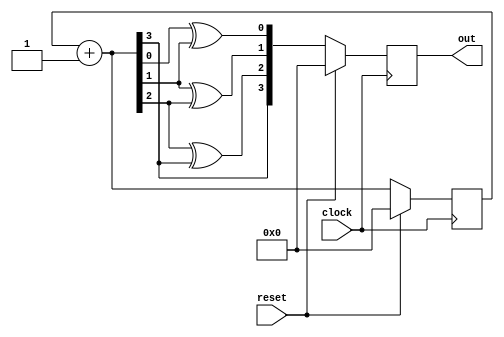
/* 4-bit gray-code counter*/
module gray_code_counter(clock,reset,out);
  input  clock,reset;
  output reg [3:0] out;
  
  reg [4:0] i;
  reg q0,q1,q2;
  reg [3:0] count;

  always@(posedge clock) begin
    if(reset) begin
      out = 0;
      count = 0;
    end else begin
     // for (i = 0;i<16;i=i+1)begin
      
      count = count +1;
      q0 = count[0]^count[1];
      q1 = count[1]^count[2];
      q2 = count[2]^count[3];
      out = {count[3],q2,q1,q0};
    //  end
    end
  end
endmodule

/*Testbench*/
module gray_code_counter_tb;
  reg  clock,reset;
  wire [3:0] out;
  
  gray_code_counter GC(clock,reset,out);
  
  initial $monitor($time," out = %b", out);
  
  initial clock = 1'b1;
  always #5 clock = ~clock;
  
  initial begin
    reset = 1'b1;
    #5 reset = 1'b0;
    #500 $finish;
  end
endmodule